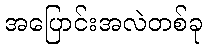
အပြောင်းအလဲတစ်ခု